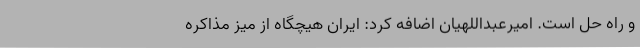
و راه حل است. امیرعبداللهیان اضافه کرد: ایران هیچگاه از میز مذاکره